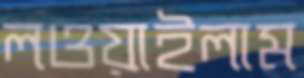
লওয়াইলাম